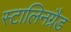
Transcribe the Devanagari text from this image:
स्टालिनग्रैड